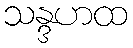
သန္ဒဟထ